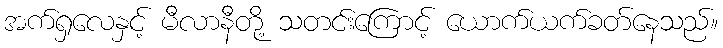
အက်ရှလေနှင့် မီလာနီတို့ သတင်းကြောင့် ယောက်ယက်ခတ်နေသည်။